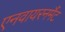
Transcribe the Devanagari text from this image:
एनवायरनमैंट